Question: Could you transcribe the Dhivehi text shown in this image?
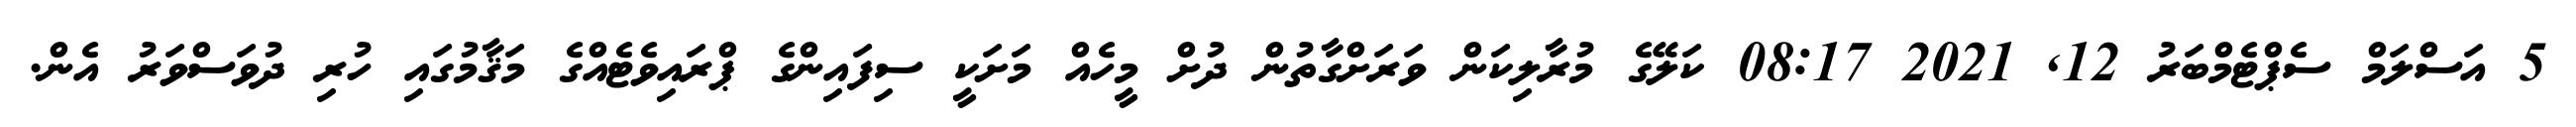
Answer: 5 އަސްލަމް ސެޕްޓެމްބަރު 12, 2021 08:17 ކަލޭގެ މުރާލިކަން ވަރަށްގާތުން ދުށް މީހެއް މަށަކީ ސިފައިންގެ ޕްރައިވެޓެއްގެ މަޤާމުގައި ހުރި ދުވަސްވަރު އެން.